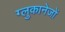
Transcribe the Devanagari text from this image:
ग्लुकानेजों